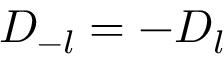
D _ { - l } = - D _ { l }